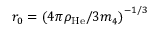
r _ { 0 } = \left( 4 \pi \rho _ { \mathrm { H e } } / 3 m _ { 4 } \right) ^ { - 1 / 3 }